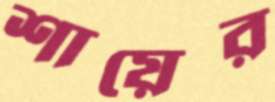
শায়ের